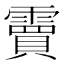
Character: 𮦭